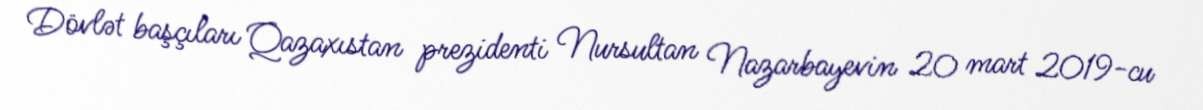
Dövlət başçıları Qazaxıstan prezidenti Nursultan Nazarbayevin 20 mart 2019-cu